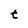
Character: t